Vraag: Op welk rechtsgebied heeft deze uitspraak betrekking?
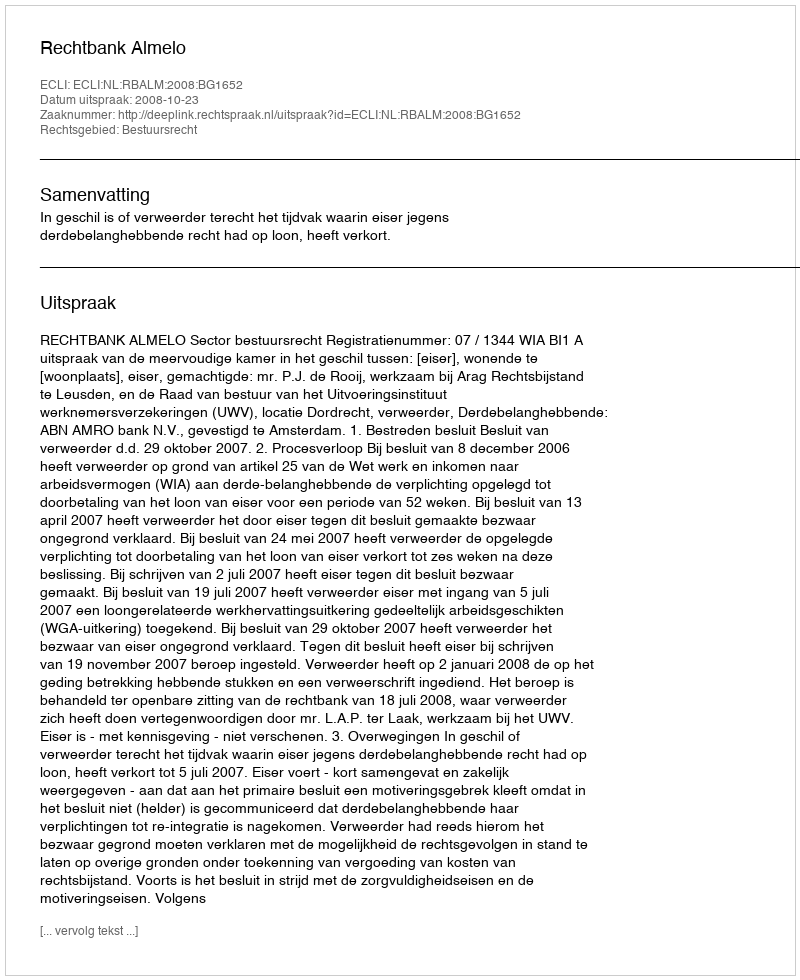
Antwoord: Bestuursrecht